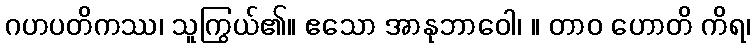
ဂဟပတိကဿ၊ သူကြွယ်၏။ ဧသော အာနုဘာဝေါ၊ ။ တာဝ ဟောတိ ကိရ၊